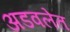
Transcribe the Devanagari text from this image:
अडवलेत